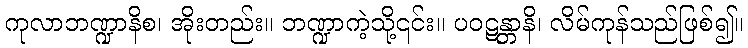
ကုလာဘဏ္ဍာနိစ၊ အိုးတည်း။ ဘဏ္ဍာကဲ့သို့၎င်း။ ပဝဋန္တာနိ၊ လိမ်ကုန်သည်ဖြစ်၍။